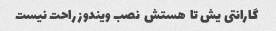
گارانتی یش تا  هستش  نصب ویندوز راحت نیست